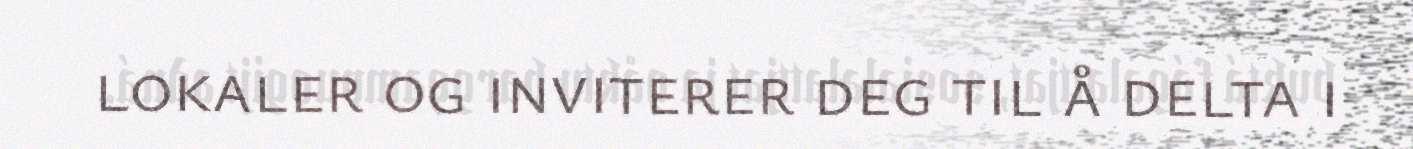
lokaler og inviterer deg til å delta i